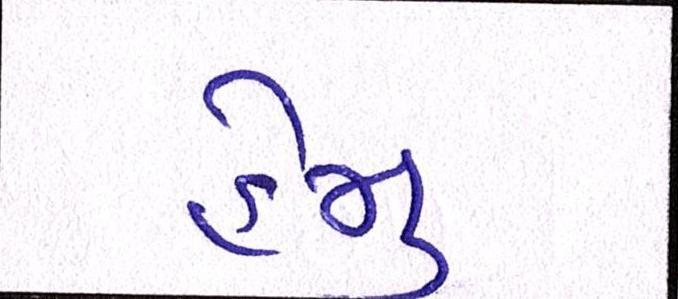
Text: હેમુ